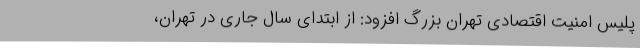
پلیس امنیت اقتصادی تهران بزرگ افزود: از ابتدای سال جاری در تهران،